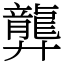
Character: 龏